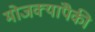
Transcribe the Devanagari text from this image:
मोजक्यांपैकी